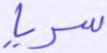
سريا